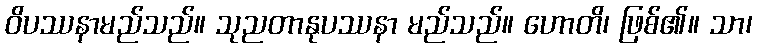
ဝိပဿနာမည်သည်။ သုညတာနုပဿနာ မည်သည်။ ဟောတိ၊ ဖြစ်၏။ သာ၊